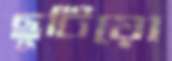
ছুটিয়ো